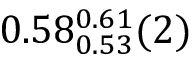
0 . 5 8 _ { 0 . 5 3 } ^ { 0 . 6 1 } ( 2 )